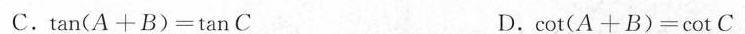
C.$$\tan（ A + B ) = \tan C$$ D.$$\cot ( A + B )= \cot C$$